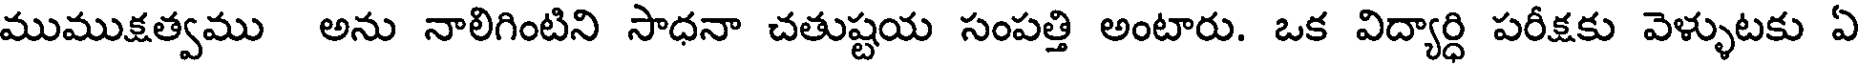
ముముక్షత్వము అను నాలిగింటిని సాధనా చతుష్టయ సంపత్తి అంటారు. ఒక విద్యార్ధి పరీక్షకు వెళ్ళుటకు ఏ